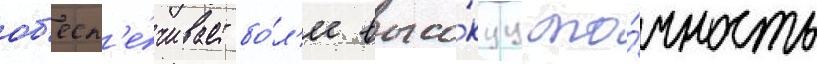
об'есп'е́чивает бо́л'ее высо́куу то́чность